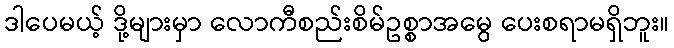
ဒါပေမယ့် ဒို့များမှာ လောကီစည်းစိမ်ဥစ္စာအမွေ ပေးစရာမရှိဘူး။